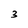
Character: 3